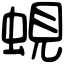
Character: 蜆